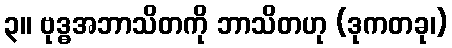
၃။ ဗုဒ္ဓအဘာသိတကို ဘာသိတဟု (ဒုကတခု၊)